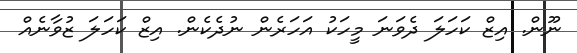
ނޫން. އިޒް ކަހަލަ ދެވަނަ މީހަކު އަހަރެން ނުދެކެން. އިޒް ކަހަލަ ޒުވާނެއް